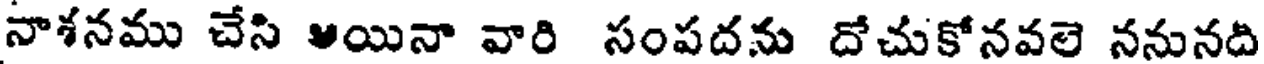
నాశనము చేసి ఆయినా వారి సంపదను దోచుకోనవలె ననునది